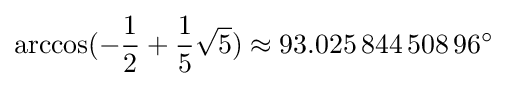
\arccos(-{\frac {1}{2}}+{\frac {1}{5}}{\sqrt {5}})\approx 93.025\,844\,508\,96^{\circ }